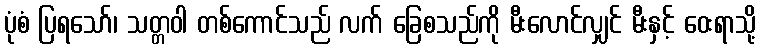
ပုံစံ ပြရသော်၊ သတ္တဝါ တစ်ကောင်သည် လက် ခြေစသည်ကို မီးလောင်လျှင် မီးနှင့် ဝေးရာသို့